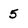
Character: 5